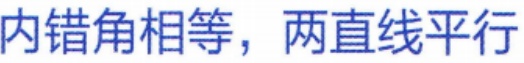
内错角相等，两直线平行